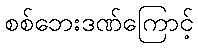
စစ်ဘေးဒဏ်ကြောင့်